system: You are a helpful assistant.
user:
Analyze the provided spectrum to determine if it is a **M-type Giant (gM)**.

A M-type Giant spectrum is defined by its **strong molecular absorption** features, particularly from **Titanium Oxide (TiO)**. You must check for one of the following mutually exclusive signatures:

- **Key Visual Indicators (Absorption-Dominated Spectrum):**

    - **(Primary):** The spectrum is dominated by strong molecular absorption from **Titanium Oxide (TiO)**. This is the **defining feature** of its M-type temperature class.
        - **(Key Bandheads):** Look for sharp, "saw-tooth" absorption valleys. The strongest are located near **~7050 Å**, **~6160 Å**, and **~5170 Å**.
        - **(Line Profile):** The "saw-tooth" morphology is critical: a **sharp, steep drop on the BLUE (short-wavelength) side** of the bandhead, followed by a gradual recovery (rising flux) towards the RED (long-wavelength) side.

    - **(Key Confirmation - Giant vs. Dwarf):** **ABSENCE** of strong **Calcium Hydride (CaH)** molecular bands. This is the primary diagnostic for *excluding* M-dwarfs.
        - **(Key Region):** The spectrum should lack the strong, broad absorption band seen in dwarfs between **~6800 Å and ~7000 Å**.

    - **(Secondary Confirmation - Giant):** A very strong and broad **Neutral Calcium (Ca I)** atomic absorption line.
        - **(Key Line):** Located at **~4226 Å**. In a giant (gM), this line is significantly deeper and broader than the same line in an M-dwarf (dM) due to low surface gravity.

    - **(Overall Spectrum):**
        - The continuum is **extremely red-sloping** (i.e., flux is very low in the blue and rises dramatically towards the red).
        - The entire spectrum appears "chopped up" by the deep TiO bands.

Think first, call **spectral_visualization_tool** if needed to examine features in detail, then provide your final answer. Your response must adhere to the following strict rules:
1.  **Overall Structure:** Your response must follow the format `<think>...</think> <tool_call>...</tool_call> (if a tool is used) <answer>...</answer>`.
2.  **Tool Usage Constraint:** You may only make **one** tool call per turn.
3.  **Final Answer Format:** In the `<answer>` tag, your conclusion must be inside a `\boxed{}` command (e.g., `\boxed{YES}` or `\boxed{NO}`), followed by your justification.

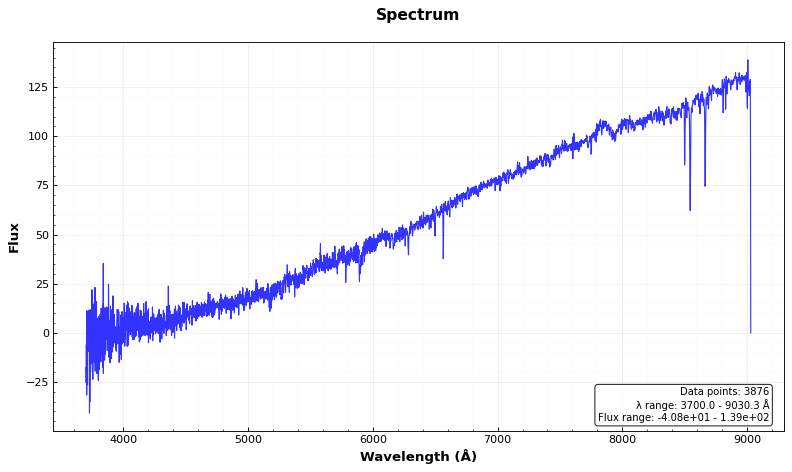
Answer: NO